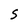
Character: S